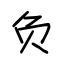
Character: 负